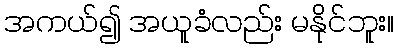
အကယ်၍ အယူခံလည်း မနိုင်ဘူး။